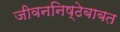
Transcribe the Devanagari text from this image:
जीवननिष्ठेबाबत